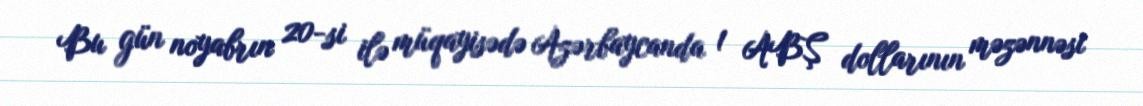
Bu gün noyabrın 20-si ilə müqayisədə Azərbaycanda 1 ABŞ dollarının məzənnəsi